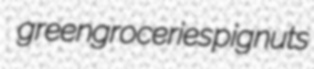
greengroceries pignuts